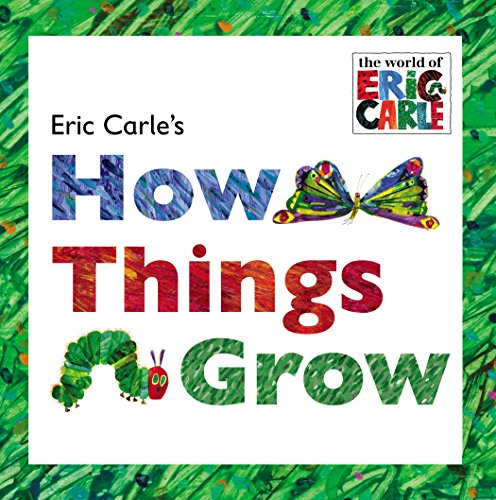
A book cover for Eric Carle's How Things Grow; Eric Carle; Children's Books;